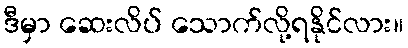
ဒီမှာ ဆေးလိပ် သောက်လို့ရနိုင်လား။